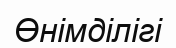
Өнімділігі